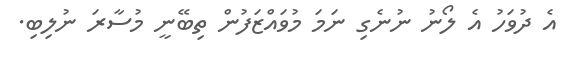
އެ ދުވަހު އެ ލޯނު ނުނެގި ނަމަ މުވައްޒަފުން ތިބޭނީ މުސާރަ ނުލިބި.